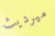
ميرديث